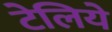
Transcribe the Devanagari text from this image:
टेलिये